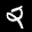
Label: 2